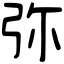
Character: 弥